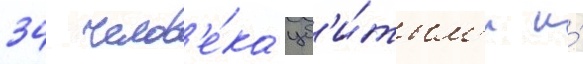
34 челов'е́ка уб'и́тым'и и́